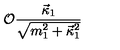
{ \cal O } { \frac { \vec { \kappa } _ { 1 } } { \sqrt { m _ { 1 } ^ { 2 } + { \vec { \kappa } _ { 1 } } ^ { 2 } } } }